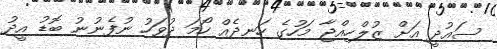
ސައުދީ އަށް ޒުލްހިއްޖާ މަހުގެ ހަނދެއް ހޯމަ ދުވަހު ނުފެނުނު ބޮޑު އީދު